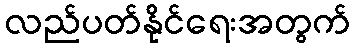
လည်ပတ်နိုင်ရေးအတွက်